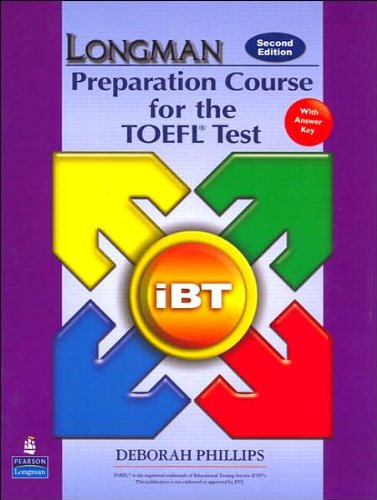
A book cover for PHILLIPS's Longman Preparation Course for the TOEFL(R) Test 2nd(second) edition (Longman Preparation Course for the TOEFL(R) Test: iBT Student Book with CD-ROM and Answer Key (Audio CDs required) (2nd Edition) [Paperback])(2007); PHILLIPS; Education & Teaching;